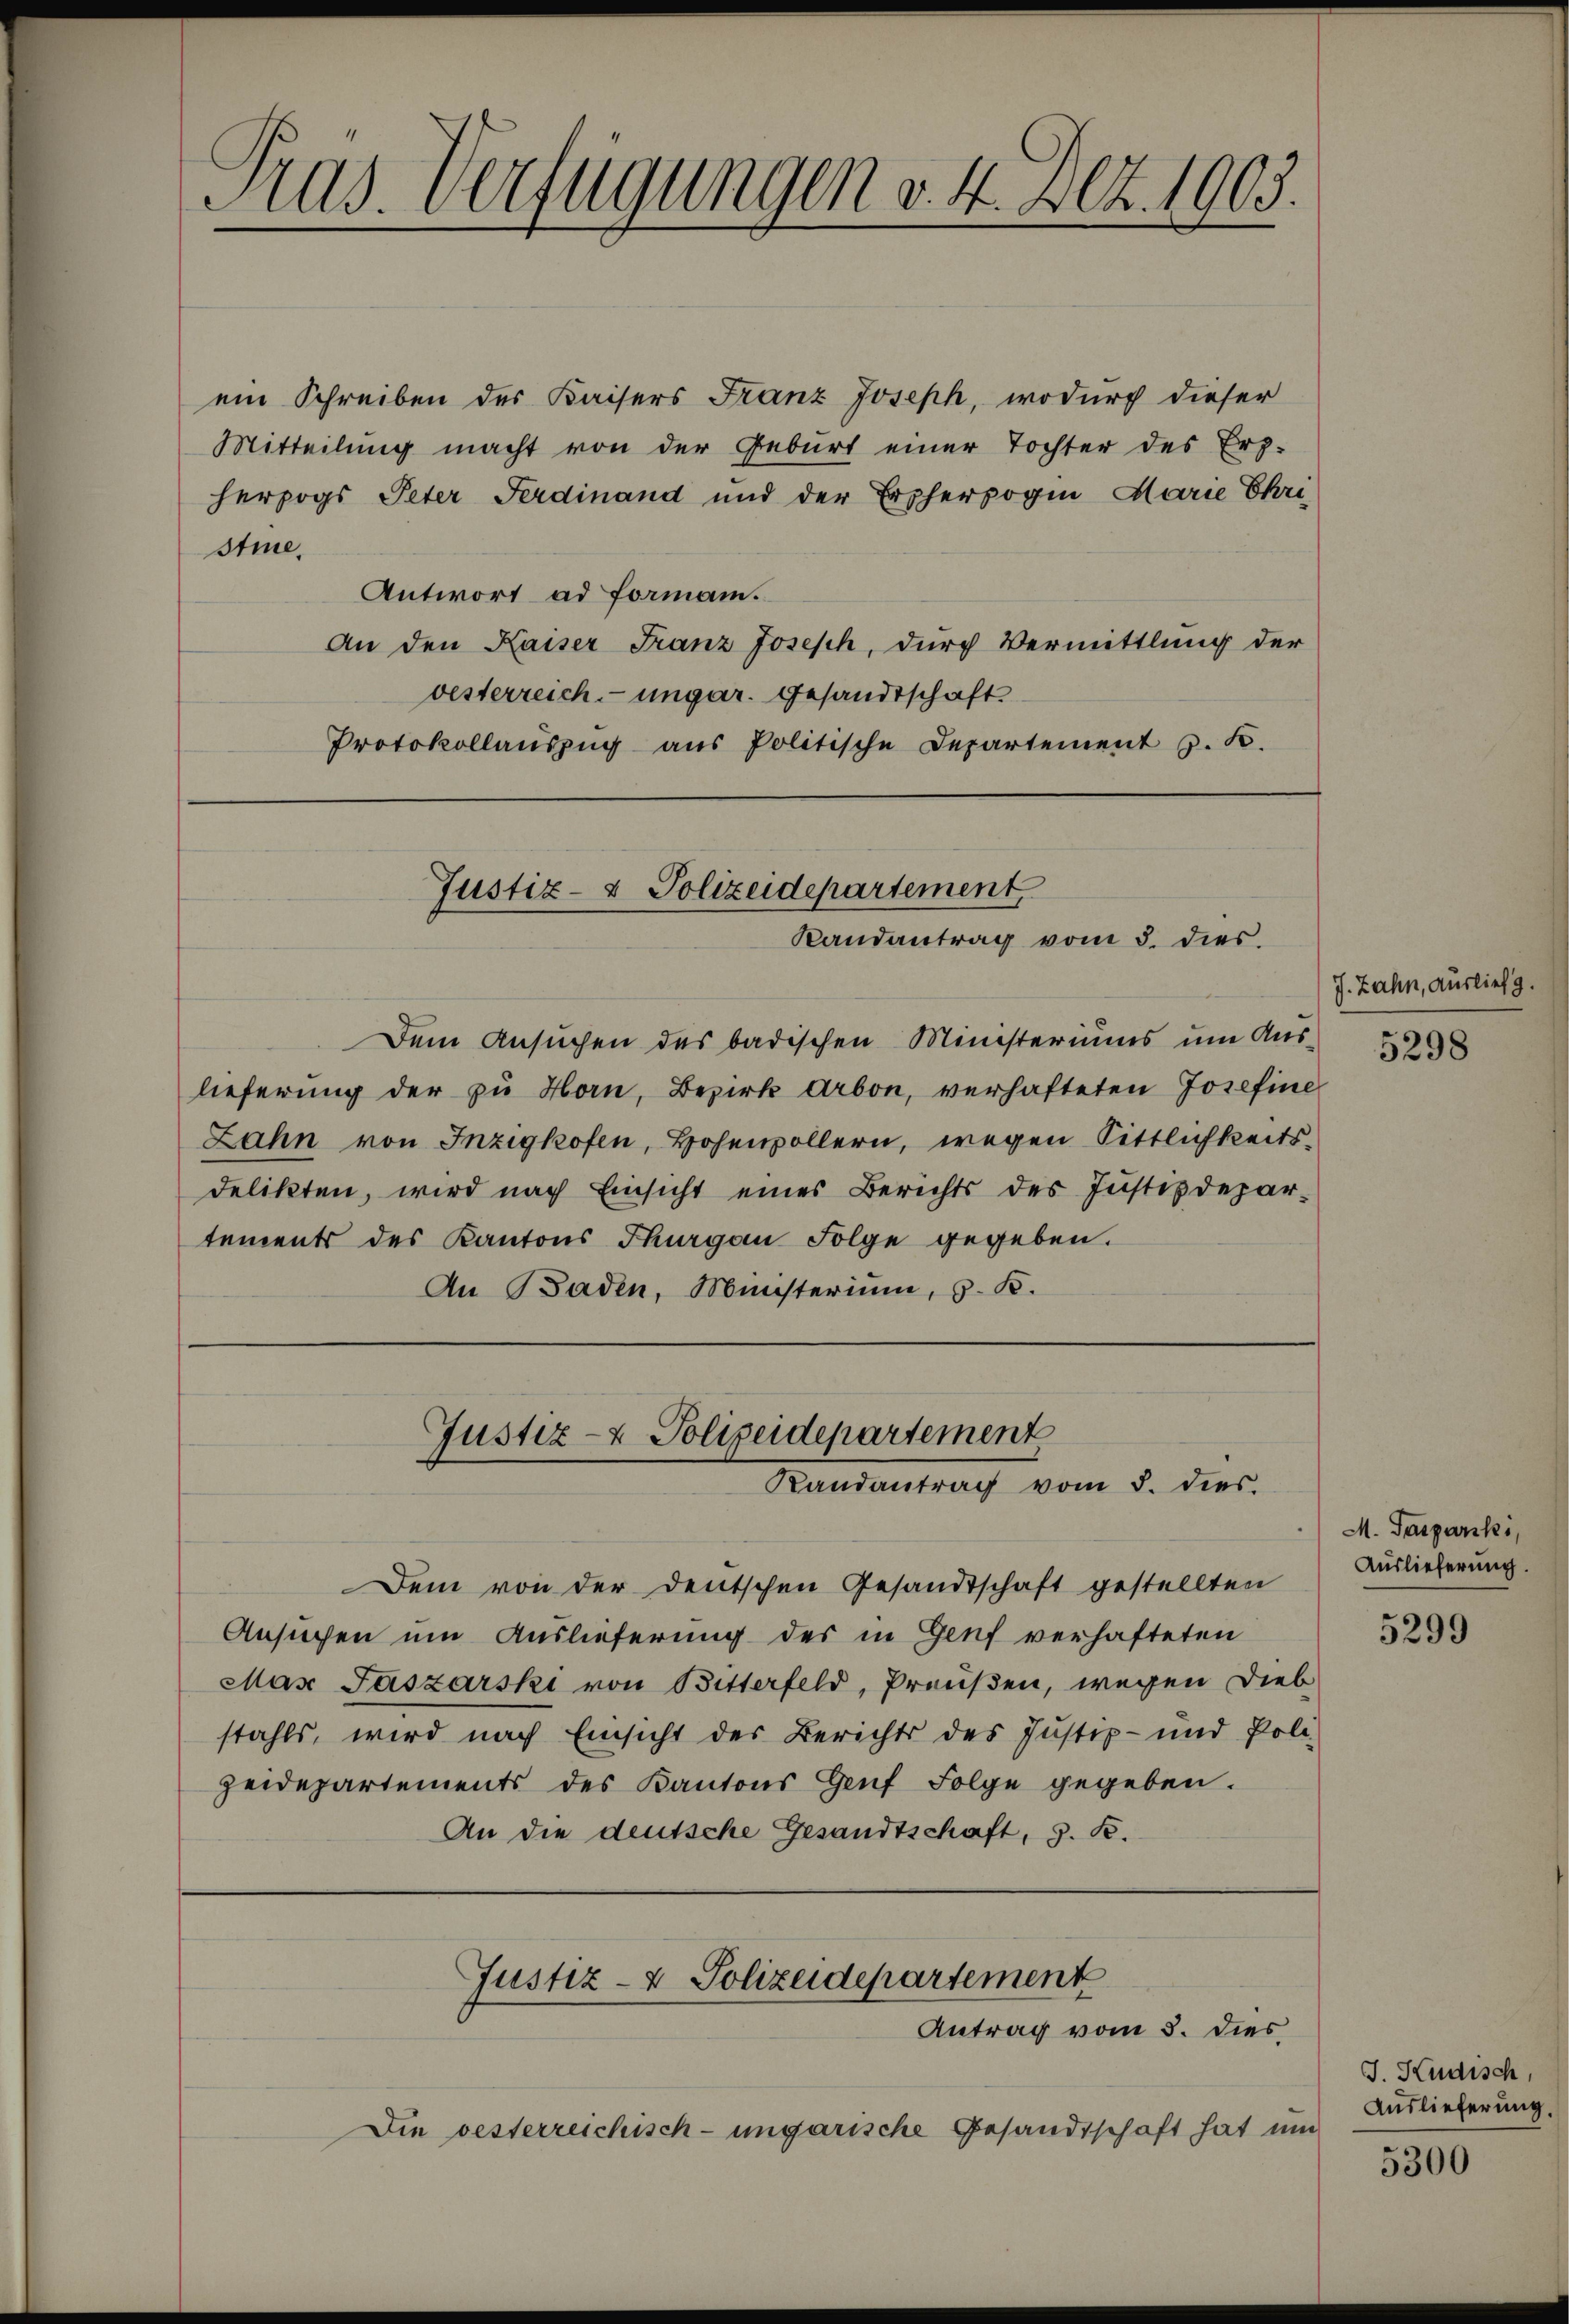
1
Aas. Verfügungen v. 4. Art. 1903.

ein Schreiben des Kaisers Franz Joseph, wodurch dieser
Mitteilŭng macht von der Geburt einer Tochter des Erz-
herzogs Peter Ferdinand und der Erzherzogin Marie Ehri
stie,
Antwort ad formann.
An den Kaiser Franz Joseph, durch Vermittlung der
vesterreich-ungar. Gesandtschaft
Protokollaŭszŭg aŭs Politische Departement z. B.

Justiz- & Polizeidepartement
Randantrag vom 5. dies

Justiz- & Polizeidepartement
Baudentrag vom 5. dies

Dem von der Deutschen Gesandtschaft gestellten
Ansuchen um Auslieferung des in Genf verhafteten
Max Jaszarski von Bitterfeld, Preußen, wegen Dieb
stahls, wird nach Einsicht des Berichts des Justiz- und Poli-
zeidepartements des Kantons Genf Folge gegeben.
An die deutsche Gesandtschaft, s. R.

Justiz- & Polizeidepartement
Antrag vom 5. dies

Die vesterreichisch-ungarische Gesandtschaft hat um

Dem Ansuchen des badischen Ministeriums um Auslieferung der zu Horn, Bezirk Arbon, verhafteten Josefine
Lahn von Inzigkofen, Hohenvollern, wegen Sittlichkeitsdelikten, wird nach Einsicht eines Berichts des Justizdepar-
tements des Kantons Thurgau Folge gegeben.
An Baden, Münsterium, z. B.

J. Zahn, auslief.

5298

M. Pasparski,
Auslieferung.

5299

J. Kudisch,
Auslieferung.

5300